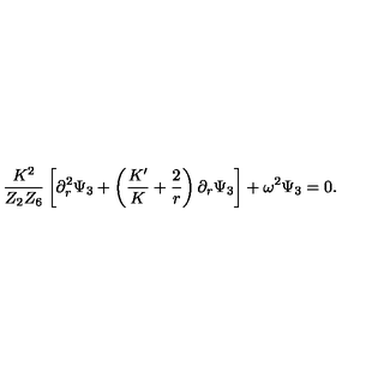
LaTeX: { \frac { K ^ { 2 } } { Z _ { 2 } Z _ { 6 } } } \left[ \partial _ { r } ^ { 2 } \Psi _ { 3 } + \left( { \frac { K ^ { \prime } } { K } } + { \frac { 2 } { r } } \right) \partial _ { r } \Psi _ { 3 } \right] + \omega ^ { 2 } \Psi _ { 3 } = 0 .